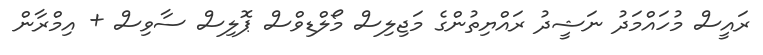
ރައީސް މުހައްމަދު ނަޝީދު ރައްޔިތުންގެ މަޖިލިސް މޯލްޑިވްސް ޕޮލިސް ސާވިސް + އިމްރާން